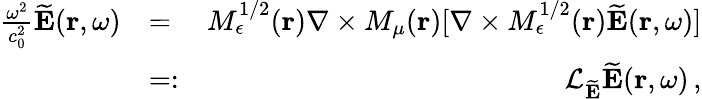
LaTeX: \begin{array}{rlr}{\frac{\omega^{2}}{c_{0}^{2}}\widetilde{\mathbf E}({\mathbf r},\omega)}&{=}&{M_{\epsilon}^{1/2}({\mathbf r})\nabla\times M_{\mu}({\mathbf r})[\nabla\times M_{\epsilon}^{1/2}({\mathbf r})\widetilde{\mathbf E}({\mathbf r},\omega)]}\\ &{=:}&{{\cal L}_{\widetilde{\mathbf E}}\widetilde{\mathbf E}({\mathbf r},\omega)\, ,}\end{array}